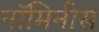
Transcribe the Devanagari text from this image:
नॉमिनीस